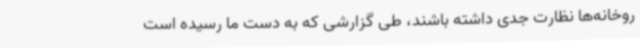
روخانه‌ها نظارت جدی داشته باشند، طی گزارشی که به دست ما رسیده است